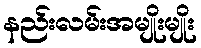
နည်းလမ်းအမျိုးမျိုး